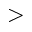
>